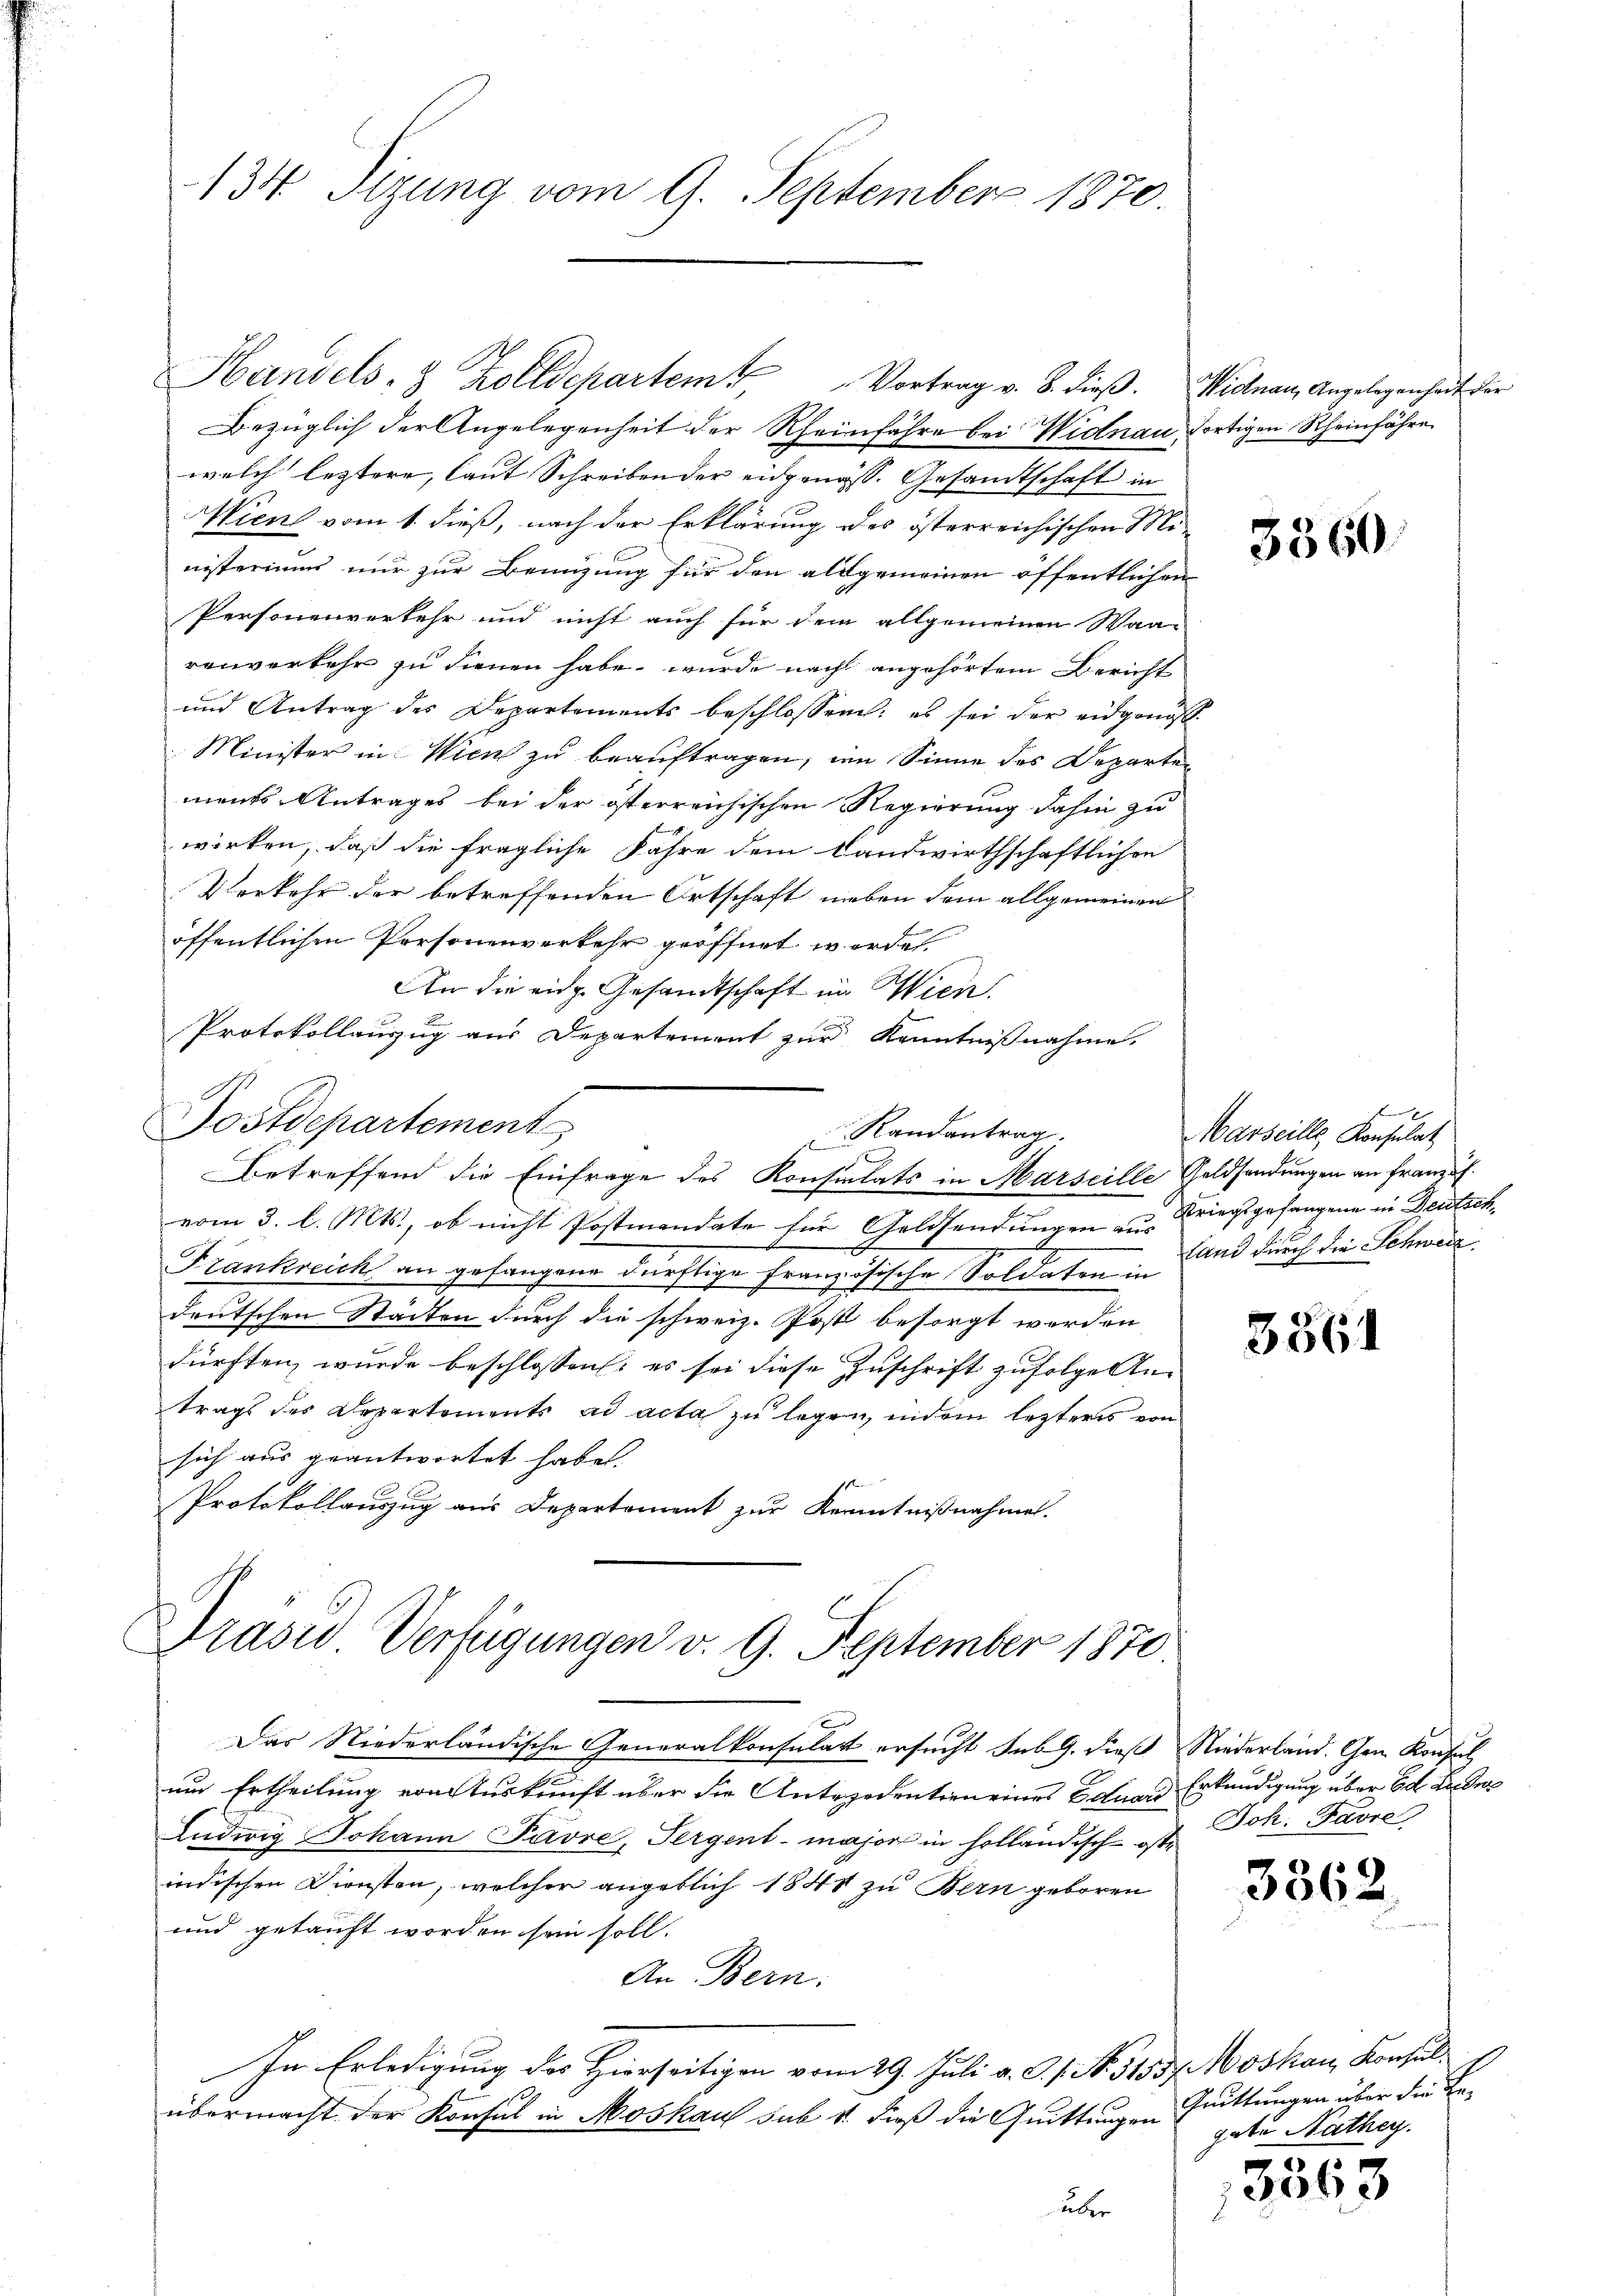
134 Sizung vom 9. September 1870.

Handels- & Zolldepartem Vortrag v. 8. dieß. Wienau, Angelegenheit der
Bezüglich der Angelegenheit der Rheinfahre bei Widnau, dortigen Rheinfahre
welch leztere, laut Schreiben der eidgenöss. Gesandtschaft in
Wien vom 1. dieß, nach der Erklärung des österreichischen Ministeriums nur zur Benzung für den allgemeinen öffentlichen
Personenverkehr und nicht auch für dem allgemeinen Waarenverkehr zu dienen habe, wurde nach angehörtem Bericht
und Antrag des Departements beschlossen: es sei der eidgenöß
Minister in Wien zu beauftragen, im Sinne des Departen
ments Antrages bei der österreichischen Regierung dahin zu
wirken, daß die fragliche Fähre dem Landwirthschaftlichen
Verkehr der betreffenden Ortschaft neben dem allgemeinen
öffentlichen Personenverkehr geöffnet worden.
An die eidg. Gesandtschaft im Wien.
Protokollauszug aus Departement zur Kenntnißnahme.

Postdepartements
Randantrag.
Betreffend die Einfrage des Konsulats in Marseille Geldsendungen an Franz u.

vom 3. l. Mts., ob nicht Postmandate für Geldsendungen aus Kriegsgefangene in Deutsch¬
Frankreich an gefangene dürftige Französische Soldaten in
deutschen Stadten durch die schweiz. Post besorgt werden
dürften, wurde beschlossen: es sei diese Zuschrift zufolge An-
trags des Departements ad acta zu legen, indem letzteres von
sich aus geantwortet habe.
Protokollauszug aus Departement zur Kenntnißnahmen.

Prases Verfügungen v. 9. September 1870.

Das Niederländische Generalkonsulatt ersucht sub 9. dieß Niederland. Gem. Konsul
um Ertheilung von Auskunft über die Antredention eines Eduard Erkundigung über Ed. Luder
Ludwig Johann Pavre, Pergent-Majors in holländisch- oste
indischen Diensten, welcher angeblich 1848 zu Bern geboren
und getauft worden sein soll.
An Bern:
In Erledigung des Hierseitigen vom 29. Juli v. J. 1. No. 31557. Moskau, Konsulübermacht der Konsul in Moskau sub 1. dieß die Quittungen
über

3560

Marseill, Konsulat
Land durch die Schweiz

3861

Joh. Favre,

3362

Quittungen über die Ergute Natheg

3563